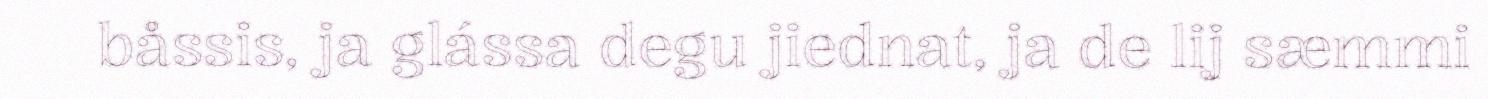
båssis, ja glássa degu jiednat, ja de lij sæmmi